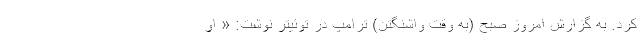
کرد. به گزارش امروز صبح (به وقت واشنگتن) ترامپ در توئیتر نوشت: « او